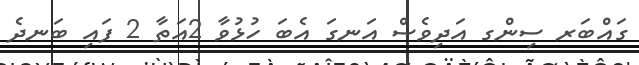
ގައްބަރ ސިންގ އަދިވެސް އަނގަ އެބަ ހުޅުވާ 2އަތާ 2 ފައި ބަނދެ